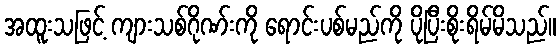
အထူးသဖြင့် ကျားသစ်ဂိုဏ်းကို ရောင်းပစ်မည်ကို ပိုပြီးစိုးရိမ်မိသည်။